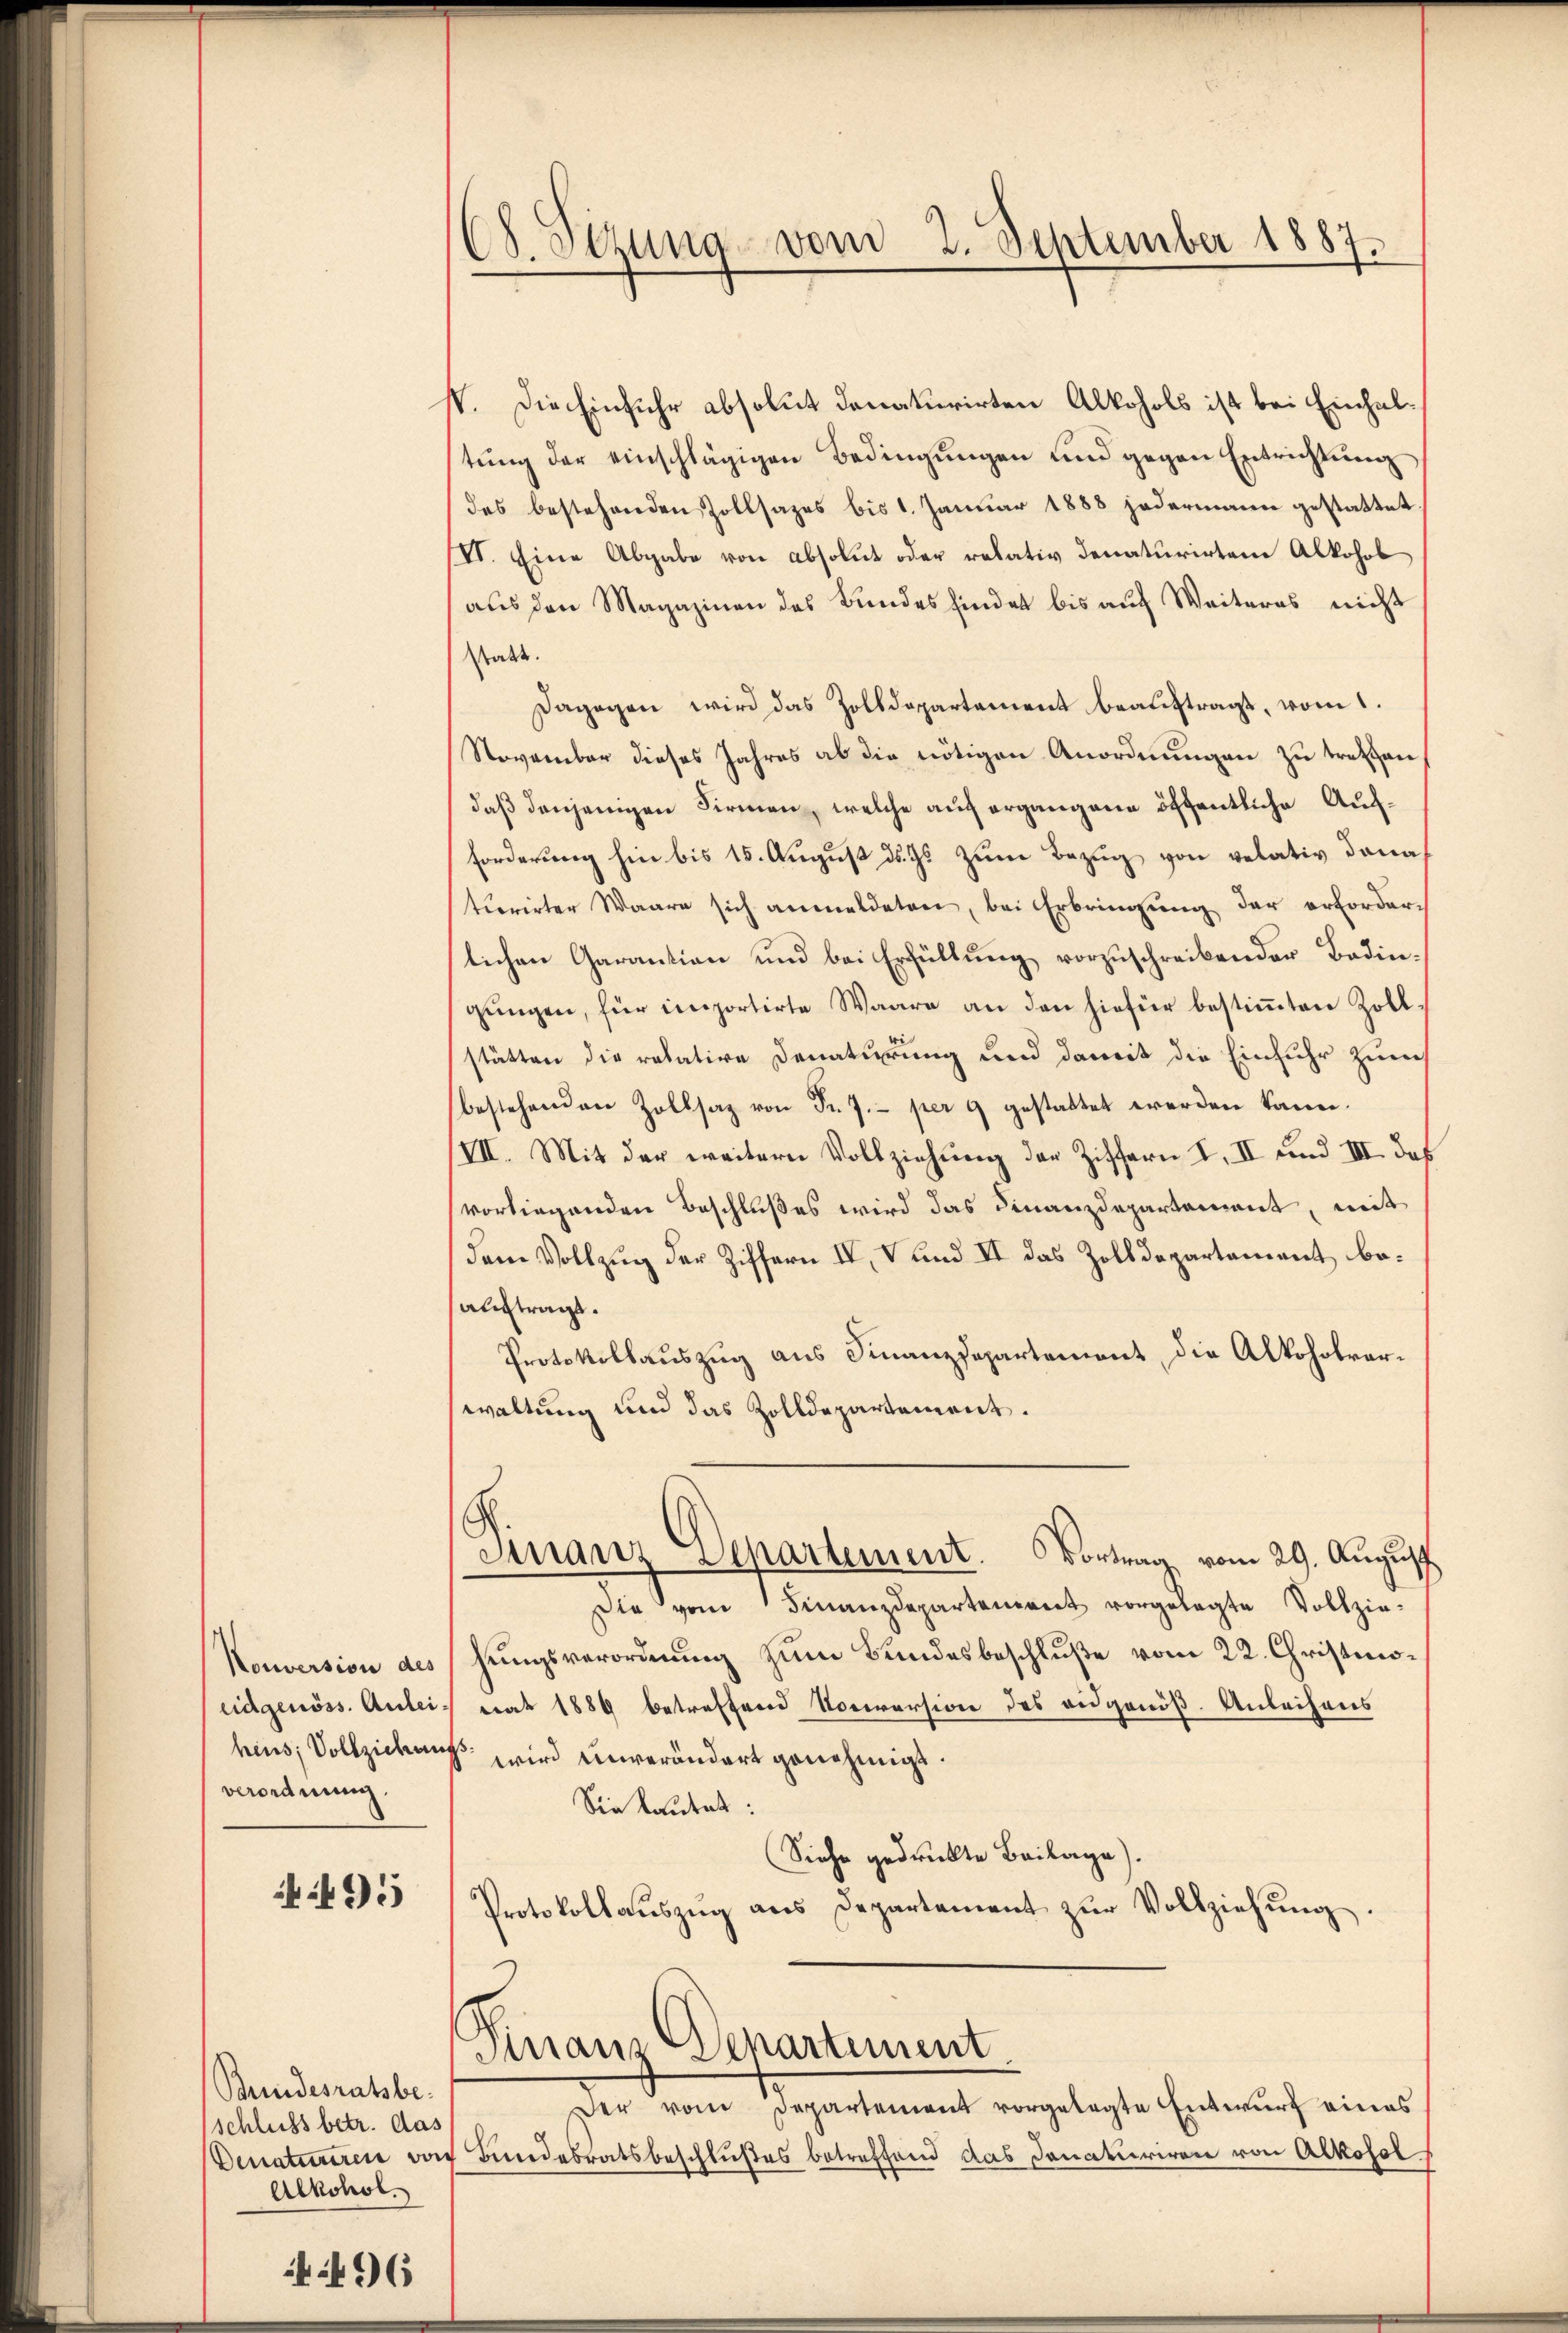
Nouversion des
eidgenöss. Anleiverordnung.

495

Bundesratsbe-
schluss betr. das
Denaturren von
Alkohol.

496

C. Sitzung vom 2. September 1887.

VV. Die Einfuhr absolut donaturirten Alkohols ist bei Einhaltung der einschlägigen Bedingungen und gegen Entrichtung
des bestehenden Zollsazes bis 1. Januar 1888 jedermann gestattet
VI. Eine Abgabe von absolut oder relativ denaturirten Alkohol
aus den Magazinen des Bundes finder bis auf Weiteres nicht
statt.
Dagegen wird das Zolldepartement beauftragt, vom 1.
November dieses Jahres ab die nötigen Anordnungen zu tretten
daß denjenigen Firmen, welche auf ergangene öffentliche Aufforderung hin bis 15. August ds. Gs zum Bezug von relativ dana
tuerirter Waare sich anmeldeten, bei Erbringung der erforderlichen Garantion und bei Erfüllung vorzuschreibender Bedingŭngen, für importirte Waare an den hiefür bestimmten Zollstätten die relative Denaturung und damit die Einfuhr zum
bestehenden Zollsaz von Fr. 7.- per 9 gestattet werden kann.
VII. Mit der weitern Vollziehung der Ziffern I. II und III. das
vorliegenden Beschlußes wird das Finanzdepartement, mit
dem Vollzug der Ziffern IV, V und II das Zolldepartement, beauftragt.
Protokollauszug aus Finanzdepartement, die Alkoholrarwaltung und das Zolldepartement.
.
Finanz Departement. Vortrag vom 29. August
Die vom Finanzdepartement vorgelegte Vollzie-
hungsverordnung zum Bundesbeschluße vom 22. Christmotrat 1889 betreffend Noriversion des eidgenöß. Anleihens
heus, Vollziehungs wird unverändert genehmigt.
Sie lautet:
Siehe gedruckte Beilage).
Protokollaŭszŭg ans Departement zŭr Vollziehŭng
Finanz Separtement
Der vom Departement vorgelegte Entwurf eines
Bundesratsbeschlußes betreffend das Donaturiren von Alkosel